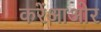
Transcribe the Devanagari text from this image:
करेंआओर